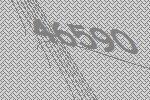
46590